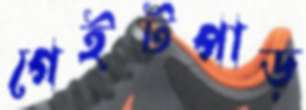
গেইটপাড়